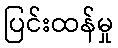
ပြင်းထန်မှု